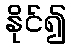
နိုင်၍